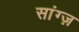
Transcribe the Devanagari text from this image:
सांग्ज़